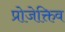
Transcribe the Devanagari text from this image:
प्रोजेक्तिव